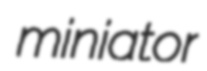
miniator